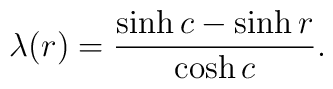
\lambda(r) = \frac{\sinh c - \sinh r}{\cosh c}.